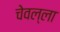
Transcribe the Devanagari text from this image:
चेवल्ला